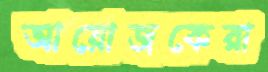
আয়োজকেরা